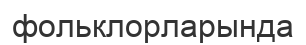
фольклорларында